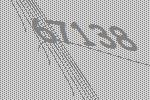
67138